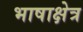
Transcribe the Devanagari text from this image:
भाषाक्षेत्र